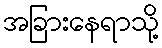
အခြားနေရာသို့